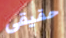
حقيقى